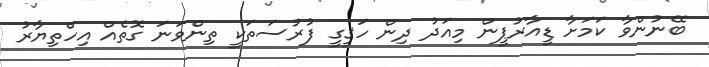
ބޭނުންވާ ކަމަށާ ޑީއާރުޕީން މިއަދު ދިން ހަޤީގީ ފުރުސަތަކީ ތިންވަނަ ގޮތެއް އިހްތިޔާރު